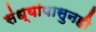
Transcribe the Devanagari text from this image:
संध्यांपासुनही